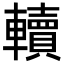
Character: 𨏔